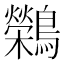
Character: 𬷷